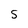
Character: 5